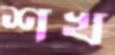
শখ